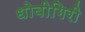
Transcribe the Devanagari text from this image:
धोबीगिरी